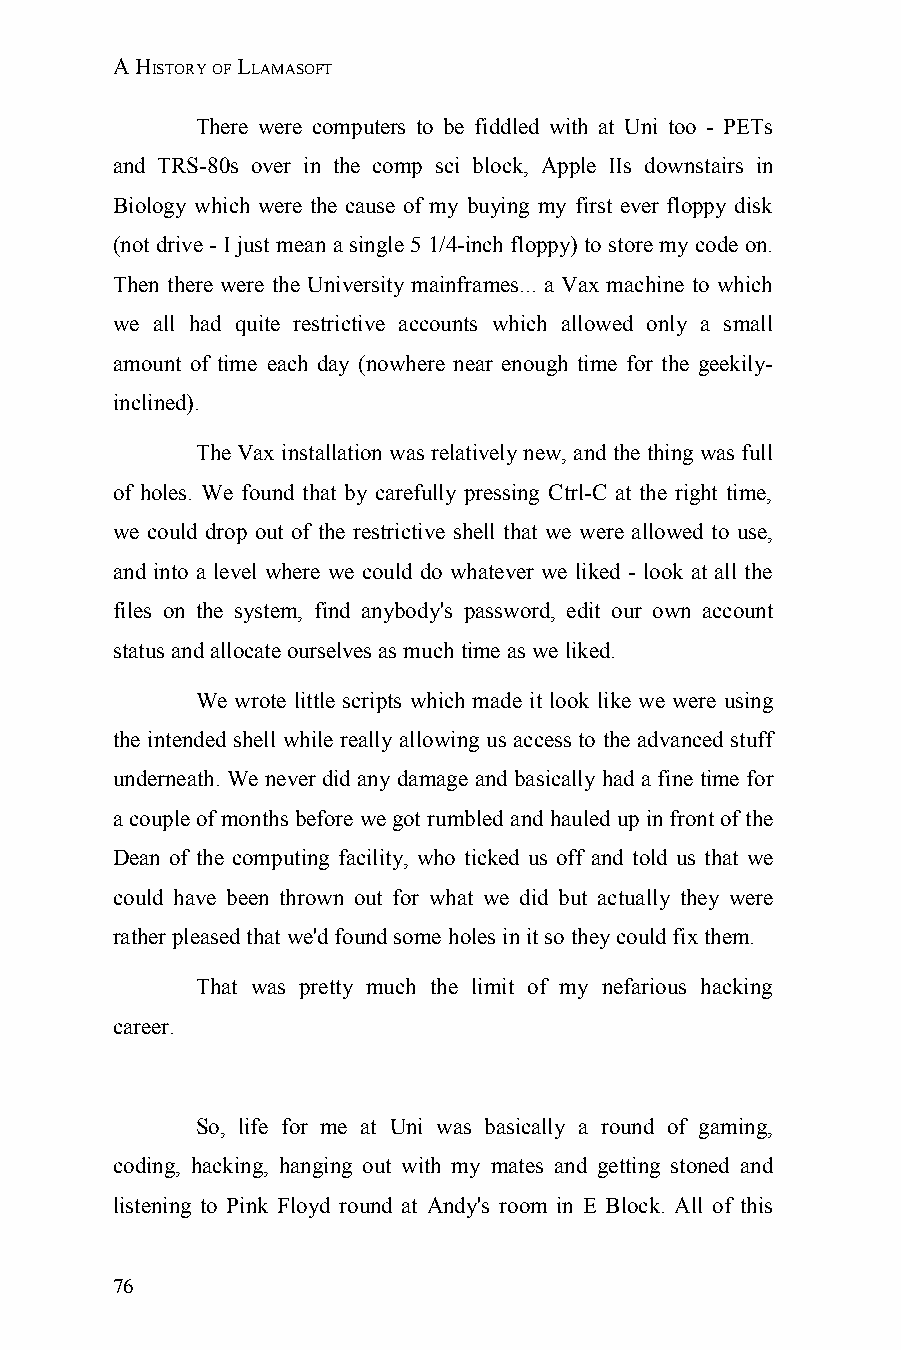
A HISTORY OF LLAMASOFT
 There were computers to be fiddled with at Uni too - PETs
 and TRS-80s over in the comp sci block, Apple IIs downstairs in
 Biology which were the cause of my buying my first ever floppy disk
 (not drive - I just mean a single 5 1/4-inch floppy) to store my code on.
 Then there were the University mainframes... a Vax machine to which
 we all had quite restrictive accounts which allowed only a small
 amount of time each day (nowhere near enough time for the geekily-
 inclined).
 The Vax installation was relatively new, and the thing was full
 of holes. We found that by carefully pressing Ctrl-C at the right time,
 we could drop out of the restrictive shell that we were allowed to use,
 and into a level where we could do whatever we liked - look at all the
 files on the system, find anybody's password, edit our own account
 status and allocate ourselves as much time as we liked.
 We wrote little scripts which made it look like we were using
 the intended shell while really allowing us access to the advanced stuff
 underneath. We never did any damage and basically had a fine time for
 a couple of months before we got rumbled and hauled up in front of the
 Dean of the computing facility, who ticked us off and told us that we
 could have been thrown out for what we did but actually they were
 rather pleased that we'd found some holes in it so they could fix them.
 That was pretty much the limit of my nefarious hacking
 career.
 So, life for me at Uni was basically a round of gaming,
 coding, hacking, hanging out with my mates and getting stoned and
 listening to Pink Floyd round at Andy's room in E Block. All of this
 76